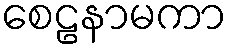
စေဠနာမကာ